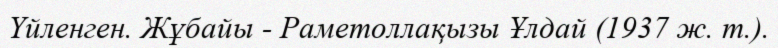
Үйленген. Жұбайы - Раметоллақызы Ұлдай (1937 ж. т.).